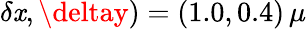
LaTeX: \delta\mathit{x},\deltay)=(1.0,0.4)\, \mu